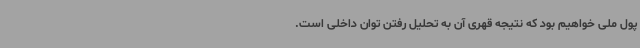
پول ملی خواهیم بود که نتیجه قهری آن به تحلیل رفتن توان داخلی است.